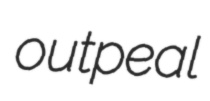
outpeal